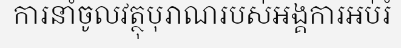
ការនាំចូលវត្ថុបុរាណរបស់អង្គការអប់រំ